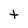
Character: t